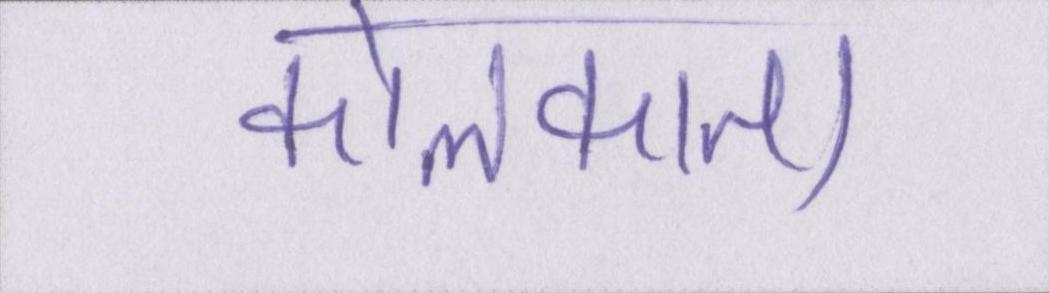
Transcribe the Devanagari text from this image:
कोलकाता